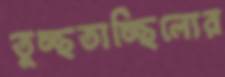
তুচ্ছতাচ্ছিল্যের